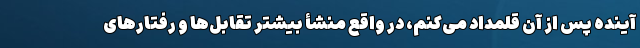
آینده‌ پس از آن قلمداد می‌کنم، در واقع منشأ بیشتر تقابل‌ها و رفتارهای